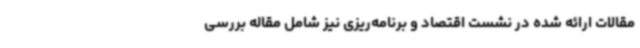
مقالات ارائه شده در نشست اقتصاد و برنامه‌ریزی نیز شامل مقاله بررسی